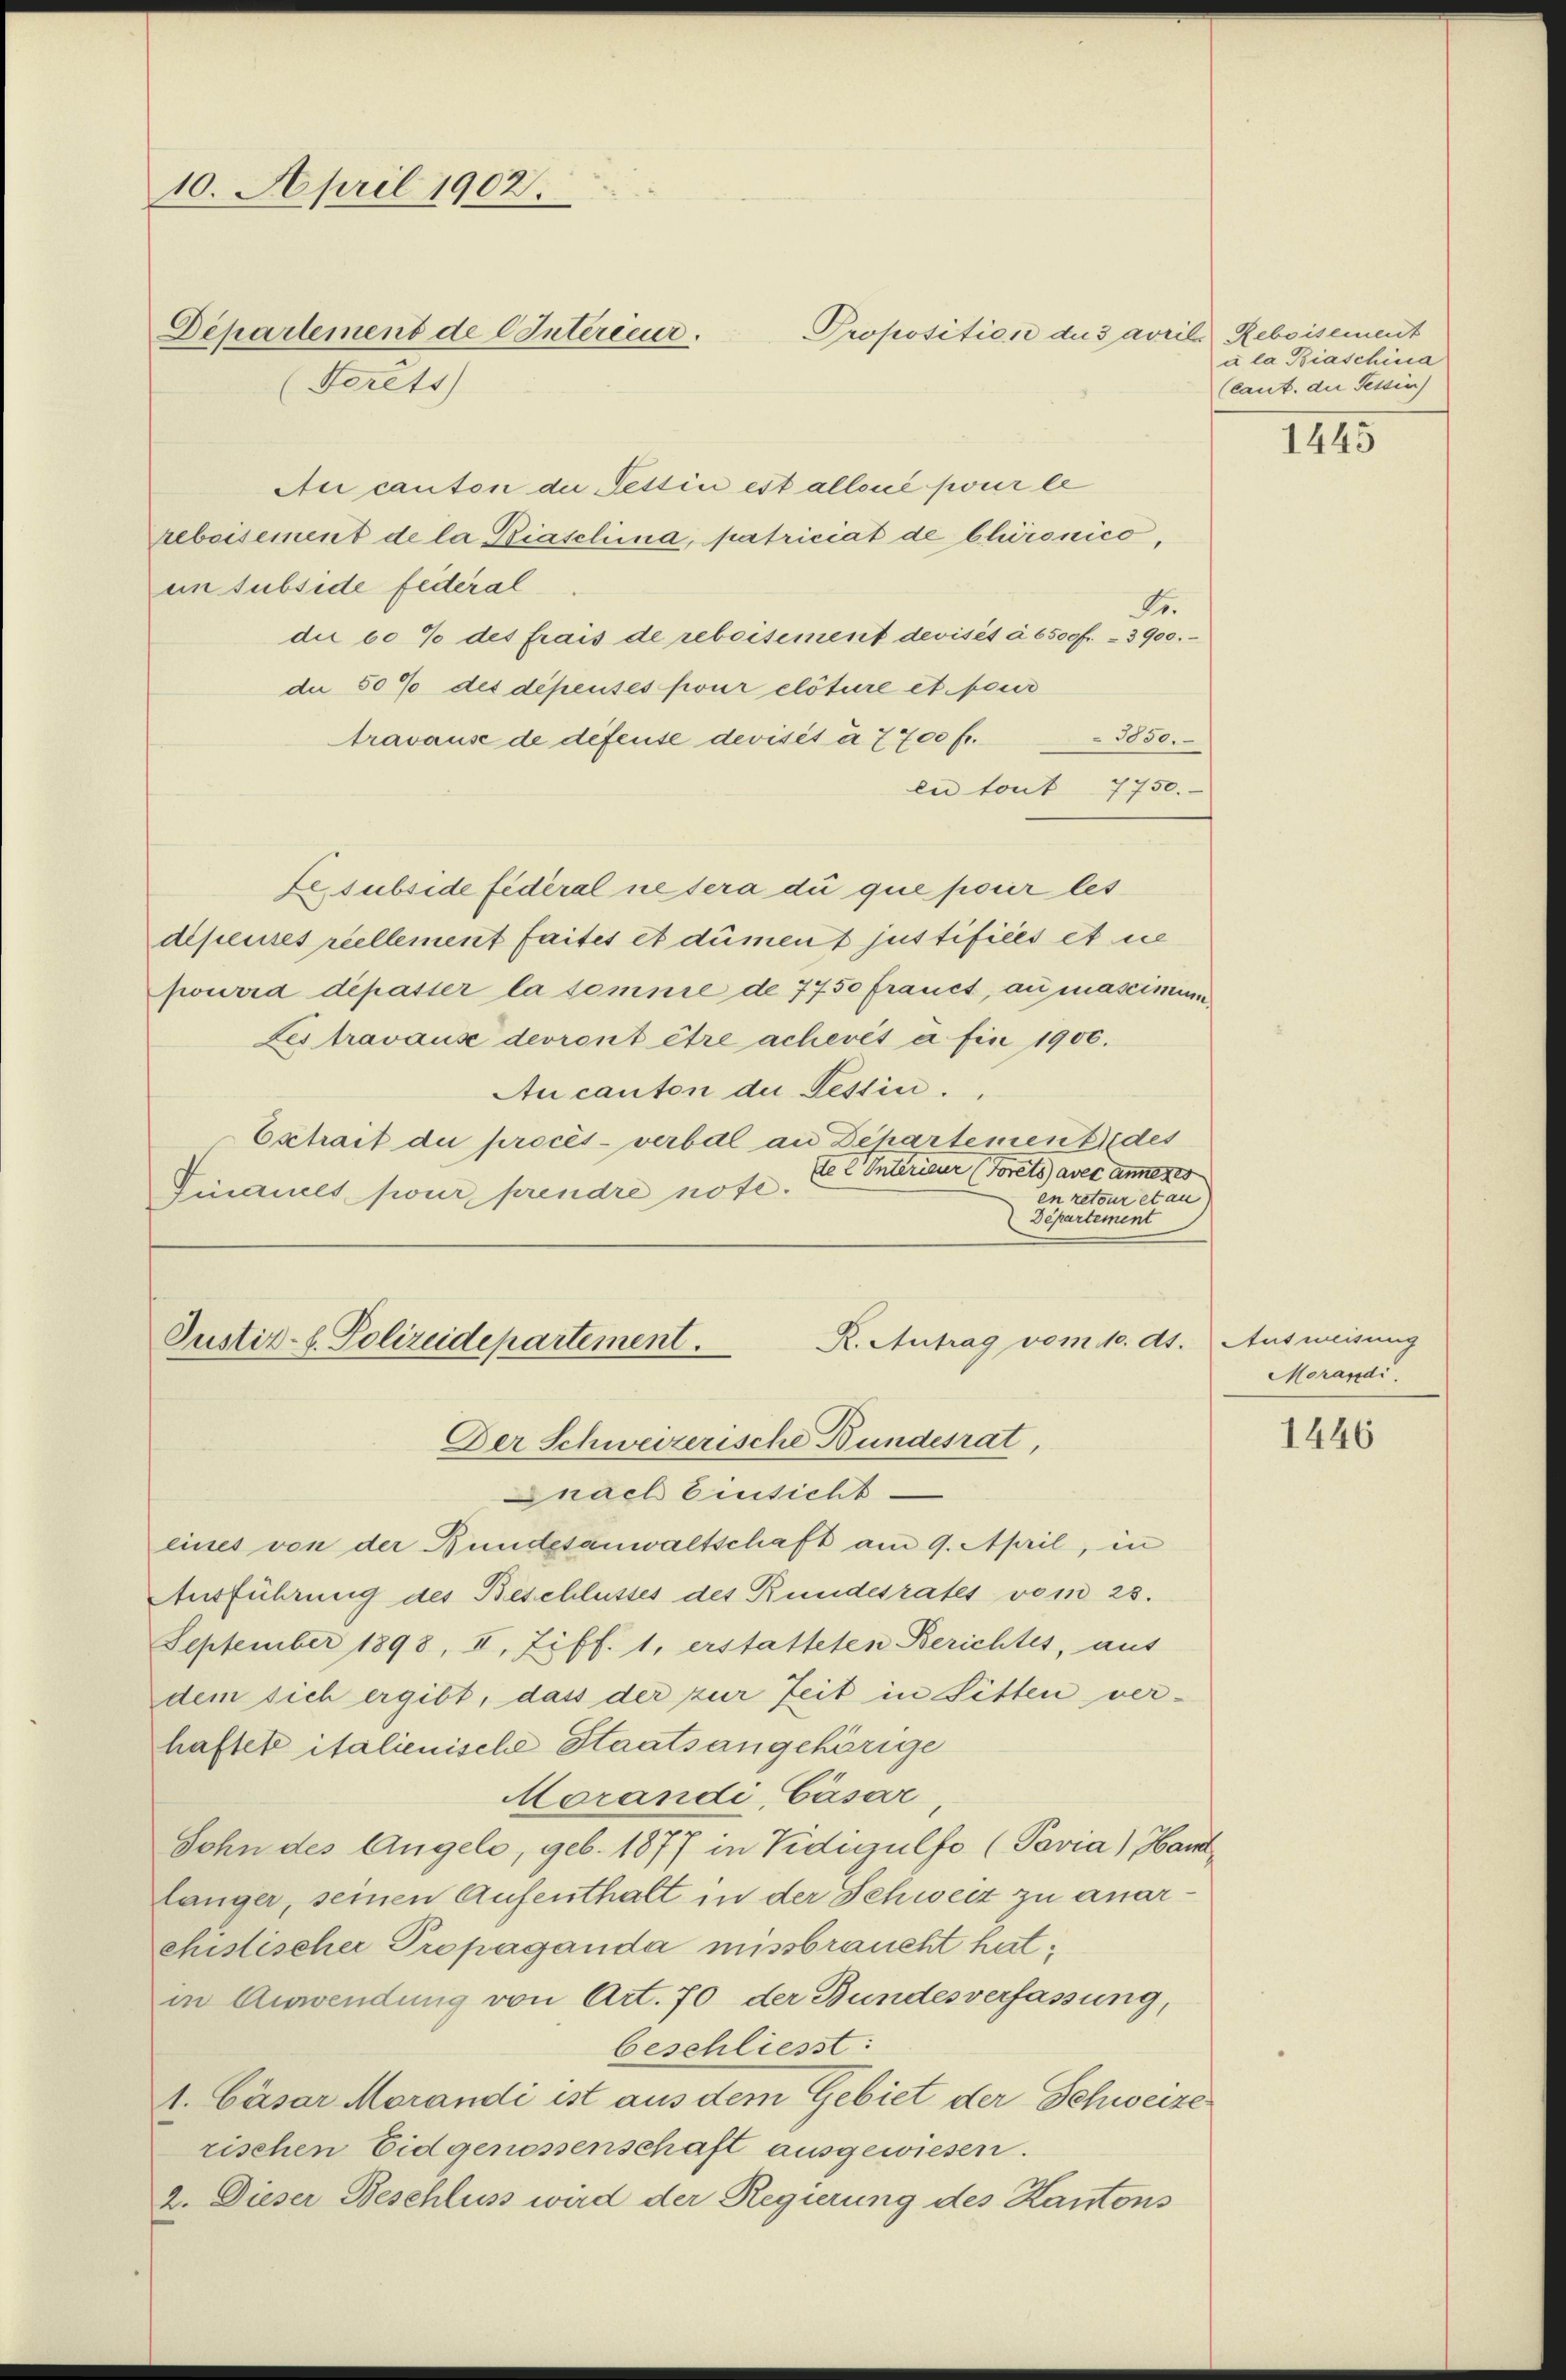
10. April 1902.

Departement de C Interieur.
(Ferets

Proposition du 3 avrili Reboisement

Au canton die Pettin est allene pour le
rebeisement de la Biasclina, patriciat de blüronico,
en subside federal
Dr.
die 60% des frais de reboisement devisit à 6500 f. 3900.
die 50% des dépensés pour clôture et feur
1030.
travause de défense devisit à 7700 fr.
en tout 7750.
Lessubside fédéral ne sera di que pour les
depenses reellement faites et dument justifices et ne
pourra dépasser la somme de 7750 frauet, anmascimum
Les travaus devront être achevés a fin 1900.
Aucanton der Tessin.
Exhait de procès-verbal an Dehartement des
del Interieur (Foreto avec annes
Finances pour prendre note.
en retour et au
Departement
R. Antrag vom 10. ds. Ausweisung
Justiz- E. Polizeidepartement.
Der Schweizerische Bundesrat,
nach Einsicht
eines von der Bundesanwaltschaft am 9. April, in
Ausführung des Beschlusses des Bundesrates vom 23.
September 1898, II. Ziff. 1, erstatteten Berichtes, aus
dem sich ergibt, dass der zur Zeit in Fitten ver-
haftet italienische Staatsangehörige
Morandi Cäsar,
Sohn des Angelo, geb. 1877 in Vidigulfo (Pavia) Hand
länger, seinen Aufenthalt in der Schweiz zu anarchistischer Propaganda missbraucht hat,
in Anwendung von Art. 70 der Bundesverfassung,
beschliesst:
1. Cäsar Morandi ist aus dem Gebiet der Schweize
rischen Eidgenossenschaft ausgewiesen.
2. Dieser Beschluss wird der Regierung des Kantons

à la Biaschina
(cant. der Tessin

1445

Morandi

1446